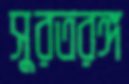
সুরতরঙ্গ